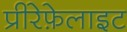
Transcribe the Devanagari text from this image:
प्रीरेफ़ेलाइट